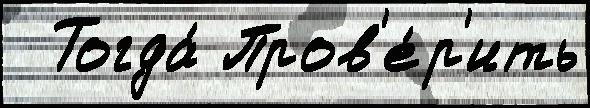
  Тогда́ Пров'е́р'ить